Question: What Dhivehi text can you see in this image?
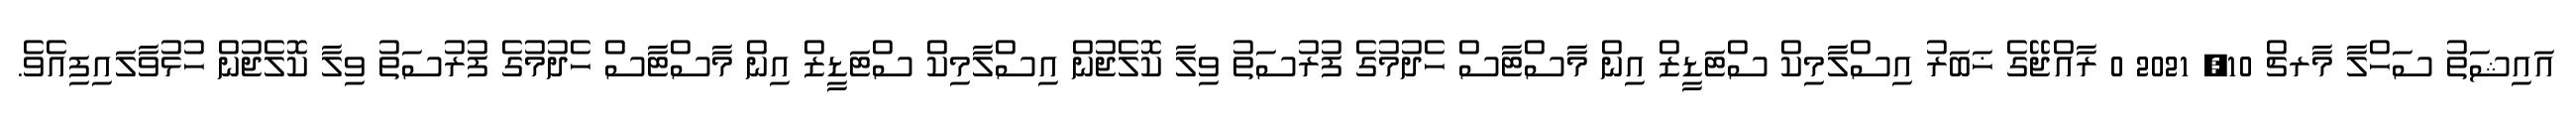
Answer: އައިޝަތު ސަހްލާ މާރޗް 10, 2021 0 ރާއްޖޭގެ ޚަބަރު އިސްލާމިކް ސްޓަޑީޒް އިން މާސްޓާސް ހެދުމުގެ ފުރުސަތު ވިލާ ކޮލެޖުން އިސްލާމިކް ސްޓަޑީޒް އިން މާސްޓާސް ހެދުމުގެ ފުރުސަތު ވިލާ ކޮލެޖުން ހުޅުވާލައިފިއެވެ.